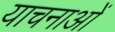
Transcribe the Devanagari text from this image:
याचनाओं